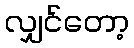
လျှင်တော့